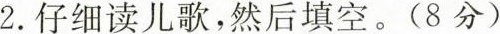
2. 仔细读儿歌，然后填空。(8分)